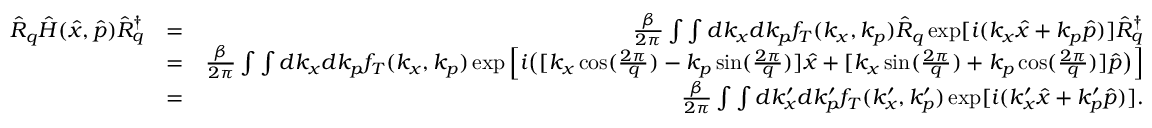
\begin{array} { r l r } { \hat { R } _ { q } \hat { H } ( \hat { x } , \hat { p } ) \hat { R } _ { q } ^ { \dagger } } & { = } & { \frac { \beta } { 2 \pi } \int \int d k _ { x } d k _ { p } f _ { T } ( k _ { x } , k _ { p } ) \hat { R } _ { q } \exp [ i ( k _ { x } \hat { x } + k _ { p } \hat { p } ) ] \hat { R } _ { q } ^ { \dagger } } \\ & { = } & { \frac { \beta } { 2 \pi } \int \int d k _ { x } d k _ { p } f _ { T } ( k _ { x } , k _ { p } ) \exp \Big [ i \big ( [ k _ { x } \cos ( \frac { 2 \pi } { q } ) - k _ { p } \sin ( \frac { 2 \pi } { q } ) ] \hat { x } + [ k _ { x } \sin ( \frac { 2 \pi } { q } ) + k _ { p } \cos ( \frac { 2 \pi } { q } ) ] \hat { p } \big ) \Big ] } \\ & { = } & { \frac { \beta } { 2 \pi } \int \int d k _ { x } ^ { \prime } d k _ { p } ^ { \prime } f _ { T } ( k _ { x } ^ { \prime } , k _ { p } ^ { \prime } ) \exp [ i ( k _ { x } ^ { \prime } \hat { x } + k _ { p } ^ { \prime } \hat { p } ) ] . } \end{array}